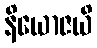
နိယောဇယိ